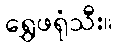
ရွှေဖရုံသီး။